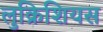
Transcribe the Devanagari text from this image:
लुक्रिशियस